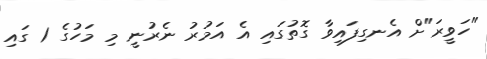
"ހަވީރަ"ށް އެނގިފައިވާ ގޮތުގައި އެ އަމުރު ނެރުނީ މި މަހުގެ 1 ގައި